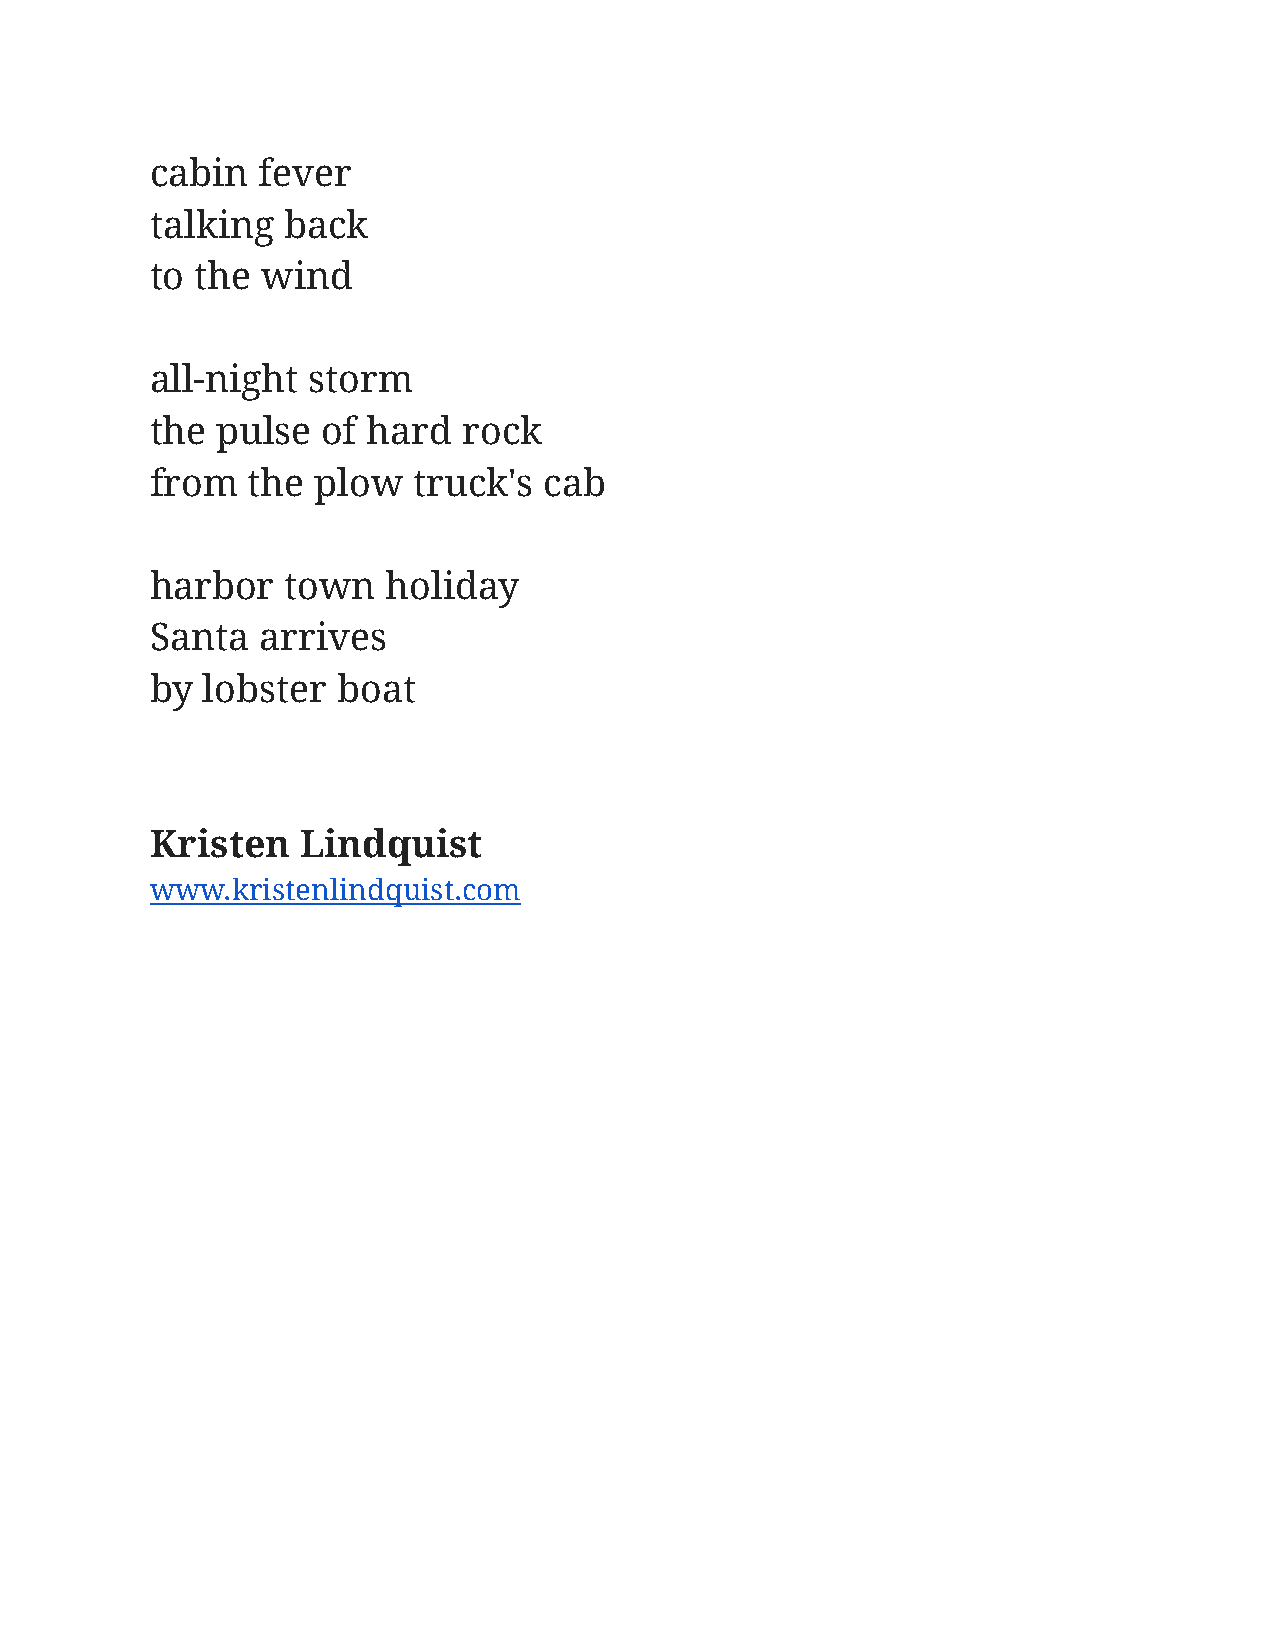
cabin  fever
 talking  back
 to the wind
 all-night storm
 the pulse  of hard   rock
 from  the  plow  truck's  cab
 harbor   town   holiday
 Santa  arrives
 by lobster  boat
 Kristen   Lindquist
 www.kristenlindquist.com